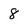
Character: 8